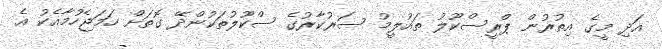
އަދި މީގެ އިތުރުން ޕްރީސްކޫލު ތައުލީމު ސަރުކާރުގެ ސްކޫލުތަކުންދޭ ގޮތަށް ހަމަޖެހުމާއެކު އެ